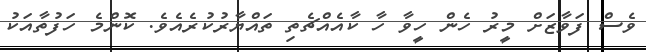
ވެސް ފަވާޒަށް މީރު ހެން ހީވާ ހާ ކާއެއްޗެތި ތައްޔާރުކުރެއެވެ. ކޮންމެ ހަފުތާއަކު